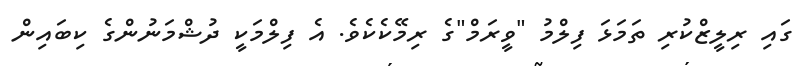
ގައި ރިލީޒްކުރި ތަމަޅަ ފިލްމު "ވީރަމް"ގެ ރިމޭކެކެވެ. އެ ފިލްމަކީ ދުޝްމަނުންގެ ކިބައިން